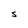
Character: S